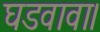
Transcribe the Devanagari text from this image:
घडवावा।